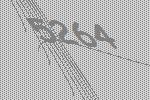
5264